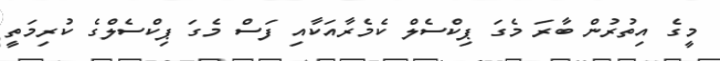
މީގެ އިތުރުން ބާރަ މެގަ ޕިކްސެލް ކެމެރާއަކާއި ފަސް މެގަ ޕިކްސެލްގެ ކުރިމަތީ